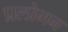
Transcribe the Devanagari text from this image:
प्रलोमन